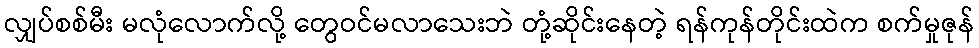
လျှပ်စစ်မီး မလုံလောက်လို့ တွေဝင်မလာသေးဘဲ တုံ့ဆိုင်းနေတဲ့ ရန်ကုန်တိုင်းထဲက စက်မှုဇုန်